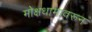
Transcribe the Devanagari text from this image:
मोक्षधामावरून